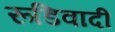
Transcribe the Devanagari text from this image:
रूडिवादी